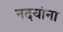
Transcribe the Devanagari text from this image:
नदयांना